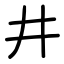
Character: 井